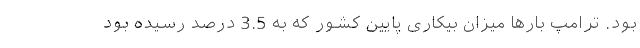
بود. ترامپ بارها میزان بیکاری پایین کشور که به 3.5 درصد رسیده بود